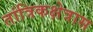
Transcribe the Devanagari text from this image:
तांत्रिकक्षेत्रास